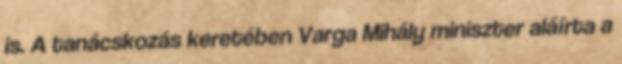
is. A tanácskozás keretében Varga Mihály miniszter aláírta a